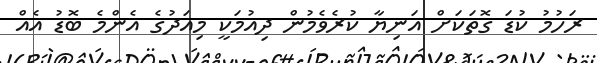
ރަހުމު ކުޑަ ގޮތަކަށް އަނިޔާ ކުރެވެމުން ދިއުމަކީ މިއަދުގެ އެންމެ ބޮޑު އެއް